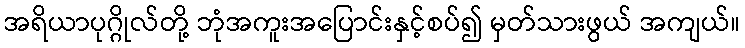
အရိယာပုဂ္ဂိုလ်တို့ ဘုံအကူးအပြောင်းနှင့်စပ်၍ မှတ်သားဖွယ် အကျယ်။